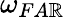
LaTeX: \omega_{FA\mathbb{R}}